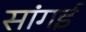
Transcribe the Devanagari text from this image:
सांगई